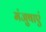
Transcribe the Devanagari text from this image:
मंजुषाएं